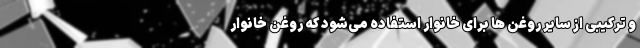
و ترکیبی از سایر روغن ها برای خانوار استفاده می‌شود که روغن خانوار